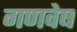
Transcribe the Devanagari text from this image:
गणवेष